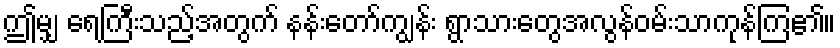
ဤမျှ ရေကြီးသည့်အတွက် နန်းတော်ကျွန်း ရွာသားတွေအလွန်ဝမ်းသာကုန်ကြ၏။